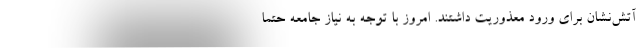
آتش‌نشان برای ورود معذوریت داشتند. امروز با توجه به نیاز جامعه حتماً